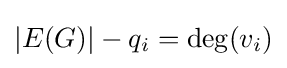
|E(G)|-q_{i}=\deg(v_{i})